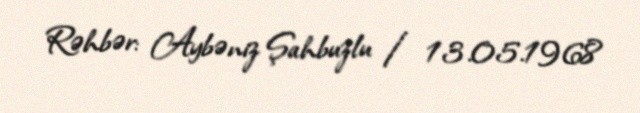
Rəhbər: Aybəniz Şahbuzlu / 13.05.1968